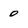
Character: 0